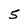
Character: 5